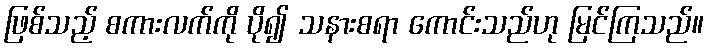
ဖြစ်သည့် စကားလက်ကို ပို၍ သနားစရာ ကောင်းသည်ဟု မြင်ကြသည်။